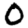
Digit: 0